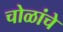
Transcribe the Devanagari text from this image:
चोळांचे